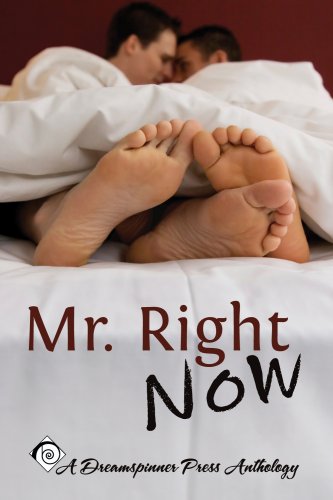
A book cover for Mr. Right Now; Rhianne Aile; Gay & Lesbian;